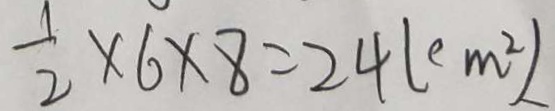
\frac { 1 } { 2 } \times 6 \times 8 = 2 4 ( c m ^ { 2 } )